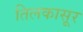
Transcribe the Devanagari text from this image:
तिलकासूर